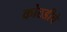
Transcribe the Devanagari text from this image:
कोठडीचे